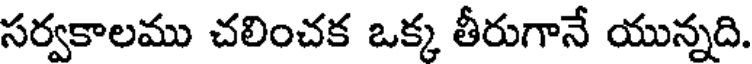
సర్వకాలము చలించక ఒక్క తీరుగానే యున్నది.